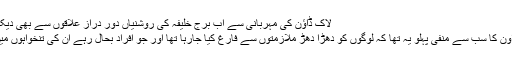
لاک ڈاؤن کی مہربانی سے اب برج خلیفہ کی روشنیاں دُور دراز علاقوں سے بھی دیکھی جاسکتی ہیں
لیکن اس لاک ڈاؤن کا سب سے منفی پہلو یہ تھا کہ لوگوں کو دھڑا دھڑ ملازمتوں سے فارغ کیا جارہا تھا اور جو افراد بحال رہے ان کی تنخواہوں میں کمی کی گئی۔